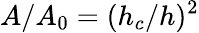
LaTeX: A/A_{0}=(h_{c}/h)^{2}